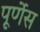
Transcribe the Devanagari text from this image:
पूर्णेस